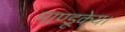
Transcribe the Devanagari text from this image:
माण्डूकेय।